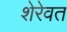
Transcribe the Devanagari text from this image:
शेरेवत